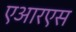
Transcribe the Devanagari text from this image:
एआरएस